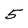
Character: 5